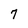
Character: 7